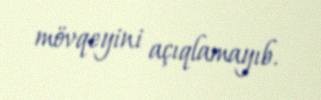
mövqeyini açıqlamayıb.